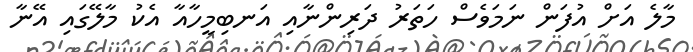
މާލެ އަށް އުފަން ނަމަވެސް ހަތަރު ދަރިންނާއި އަނބިމީހާއާ އެކު މާލޭގައި އޭނާ